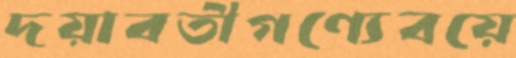
দয়াবতীগণ্যেবয়ে